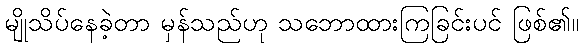
မျိုသိပ်နေခဲ့တာ မှန်သည်ဟု သဘောထားကြခြင်းပင် ဖြစ်၏။